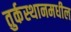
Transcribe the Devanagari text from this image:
तुर्कस्थानमधील